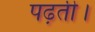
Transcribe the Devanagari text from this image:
पढ़ती।